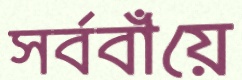
সর্ববাঁয়ে